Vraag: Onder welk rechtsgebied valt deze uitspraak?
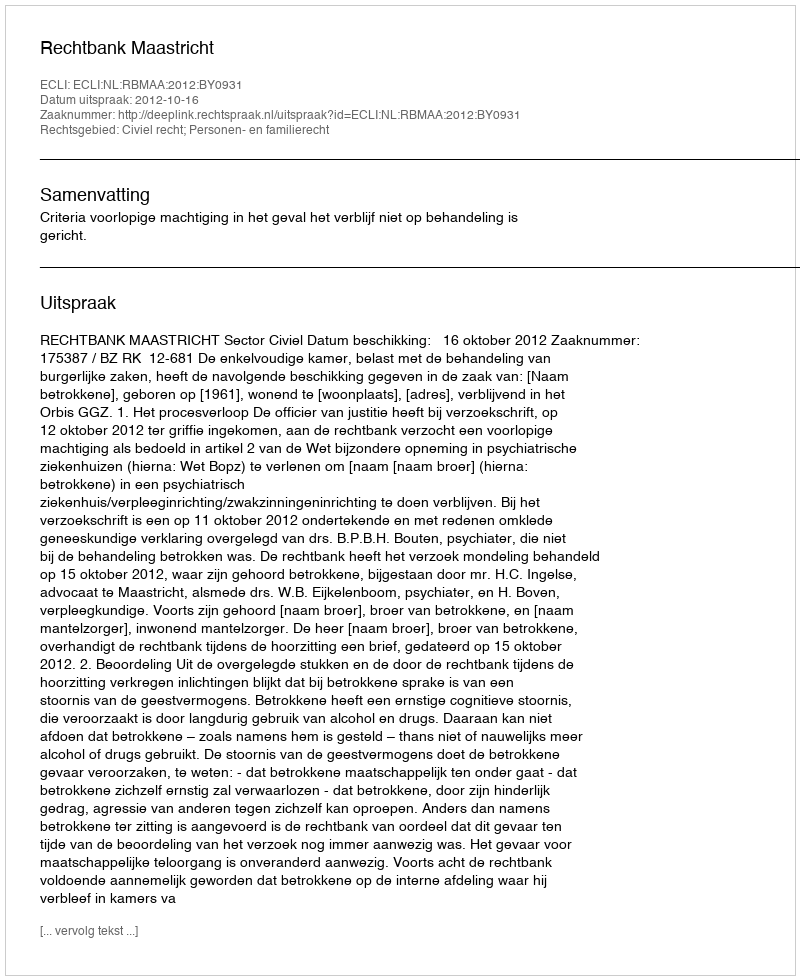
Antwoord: Civiel recht; Personen- en familierecht